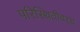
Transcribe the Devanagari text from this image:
परिस्थितीवरच